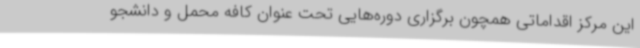
این مرکز اقداماتی همچون برگزاری دوره‌هایی تحت عنوان کافه محمل و دانشجو